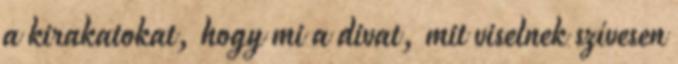
a kirakatokat, hogy mi a divat, mit viselnek szívesen